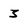
Character: 3